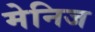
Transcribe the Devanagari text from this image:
मेनिज